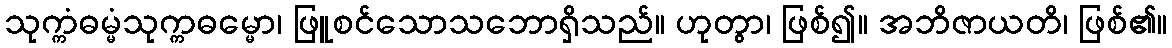
သုက္ကံဓမ္မံသုက္ကဓမ္မော၊ ဖြူစင်သောသဘောရှိသည်။ ဟုတွာ၊ ဖြစ်၍။ အဘိဇာယတိ၊ ဖြစ်၏။